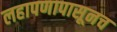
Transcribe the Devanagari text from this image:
लहापणापासूनच